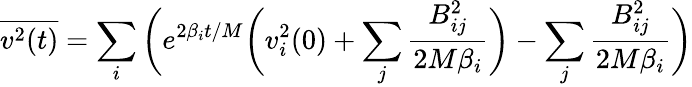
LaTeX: \overline{{v^{2}(t)}}=\sum_{i}\bigg(e^{2\beta_{i}t/M}\bigg(v_{i}^{2}(0)+\sum_{j}\frac{B_{ij}^{2}}{2M\beta_{i}}\bigg)-\sum_{j}\frac{B_{ij}^{2}}{2M\beta_{i}}\bigg)